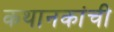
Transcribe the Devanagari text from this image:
कथानकांची